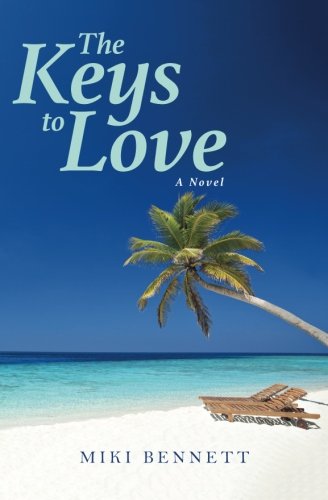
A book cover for The Keys to Love; Miki Bennett; Romance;